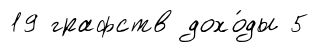
19 графств дохо́ды 5